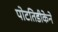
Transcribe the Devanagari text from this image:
पोटतिडीकेने